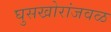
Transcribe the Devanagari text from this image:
घुसखोरांजवळ